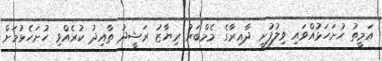
އަމީތު ހުށަހަޅުއްވައި ވިލުފުށީ ދާއިރާގެ މެމްބަރު ރިޔާޒު ރަޝީދު ތާއިދު ކުރެއްވި ހުށަހެޅުމަށް